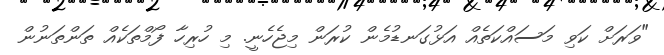
"ވަރަށް ކަވި މަސައްކަތެއް އަޅުގަނޑުމެން ކުރަން މިޖެހެނީ. މި ހުރިހާ ފޯމްތަކެއް ތަންތަނުން